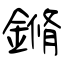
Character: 鏅